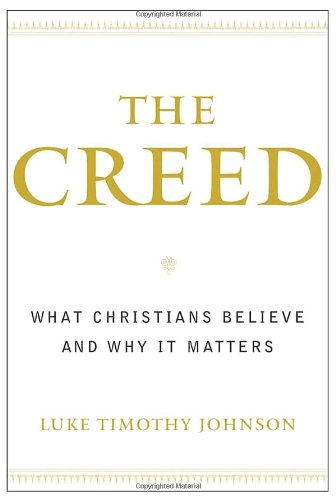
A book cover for The Creed: What Christians Believe and Why it Matters; Luke Timothy Johnson; Christian Books & Bibles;